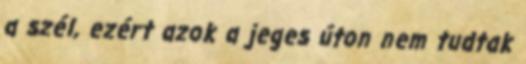
a szél, ezért azok a jeges úton nem tudtak